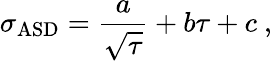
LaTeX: \sigma_{\mathrm{ASD}}=\frac{a}{\sqrt{\tau}}+b\tau+c\ ,